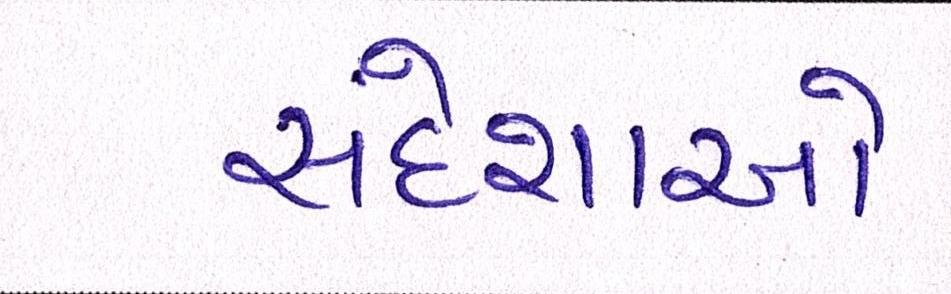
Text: સંદેશાઓ